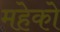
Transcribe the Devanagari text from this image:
महेको